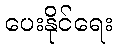
ပေးနိုင်ရေး